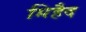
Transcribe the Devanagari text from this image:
मिहैद